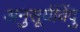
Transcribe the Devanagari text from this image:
अनुसूर्यविंदु